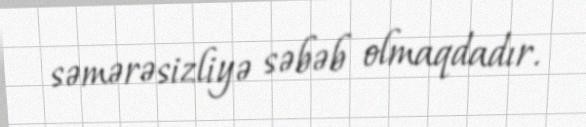
səmərəsizliyə səbəb olmaqdadır.